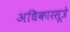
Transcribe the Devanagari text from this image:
अधिकारसूत्रे